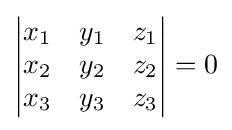
\left|{\begin{matrix}x_{1}&y_{1}&z_{1}\\x_{2}&y_{2}&z_{2}\\x_{3}&y_{3}&z_{3}\end{matrix}}\right|=0